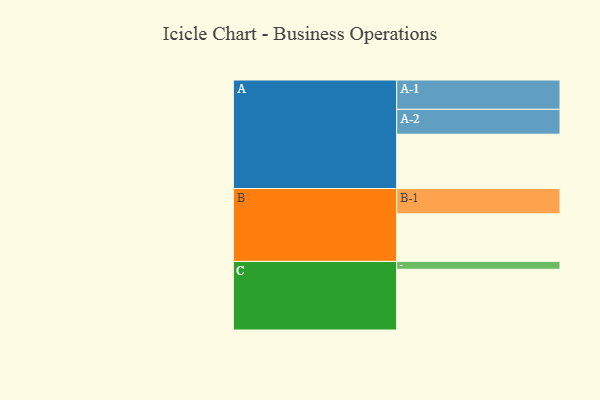
{"axis": {"x": "Segment", "y": "Value"}, "legend": ["", "A", "B", "C"], "data": [{"x": "A", "y": 491, "type": ""}, {"x": "B", "y": 430, "type": ""}, {"x": "C", "y": 549, "type": ""}, {"x": "A-1", "y": 265, "type": "A"}, {"x": "A-2", "y": 225, "type": "A"}, {"x": "B-1", "y": 229, "type": "B"}, {"x": "C-1", "y": 71, "type": "C"}]}